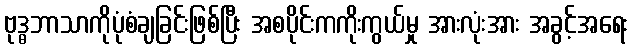
ဗုဒ္ဓဘာသာကိုပုံစံချခြင်းဖြစ်ပြီး အစပိုင်းကကိုးကွယ်မှု အားလုံးအား အခွင့်အရေး